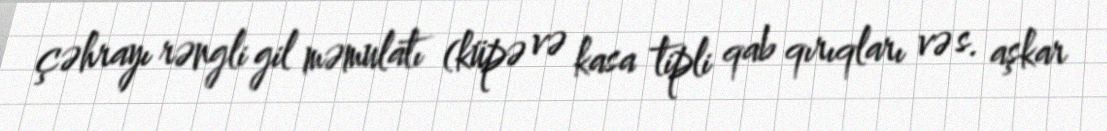
çəhrayı rəngli gil məmulatı (küpə və kasa tipli qab qırıqları və s. aşkar